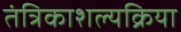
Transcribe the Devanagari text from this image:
तंत्रिकाशल्यक्रिया